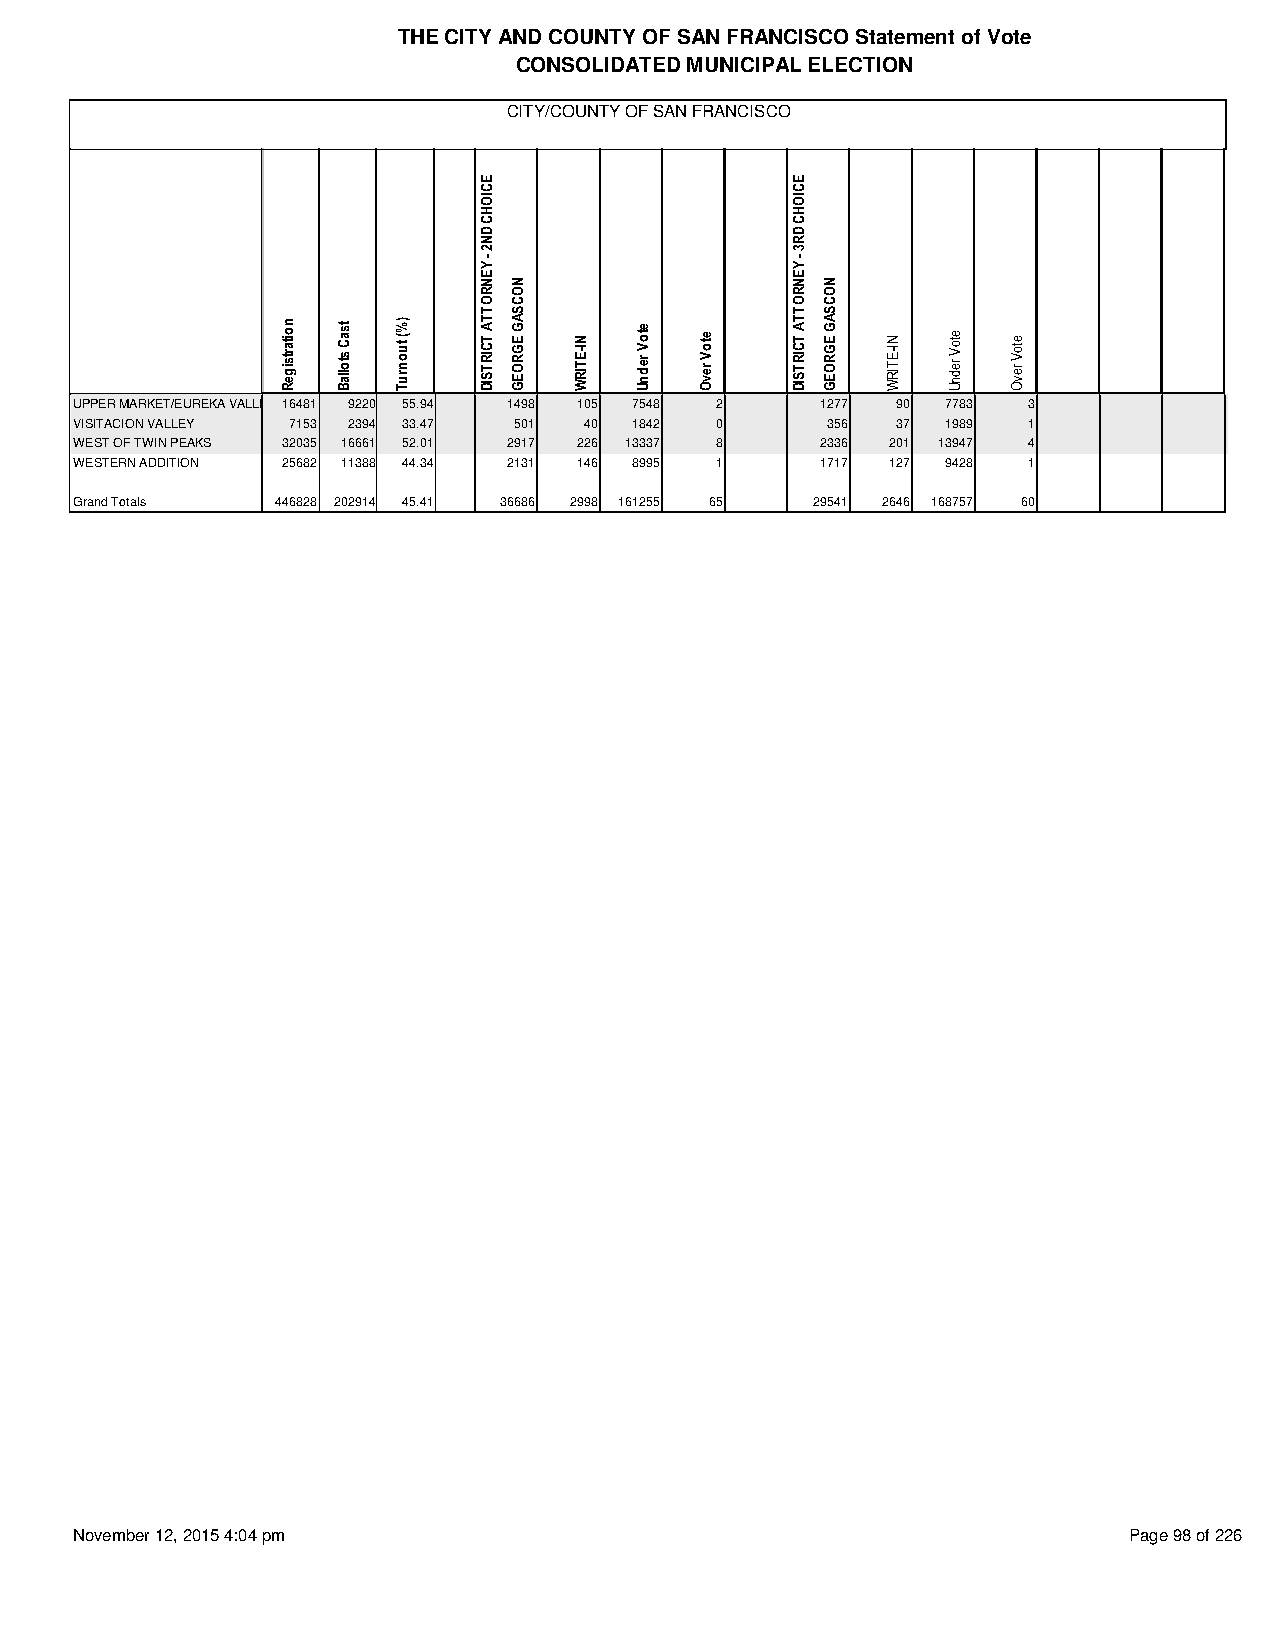
THE CITY AND COUNTY OF SAN FRANCISCO Statement of Vote
 CONSOLIDATED MUNICIPAL ELECTION
 CITY/COUNTY OF SAN FRANCISCO
 UPPER MARKET/EUREKA VALLEY 16481 9220 55.94 1498 105 7548 2 1277 90 7783 3
 VISITACION VALLEY 7153 2394 33.47 501 40 1842 0   356 37  1989 1
 WEST OF TWIN PEAKS 32035 16661 52.01 2917 226 13337 8 2336 201 13947 4
 WESTERN ADDITION 25682 11388 44.34 2131 146 8995 1 1717 127 9428 1
 Grand Totals 446828 202914 45.41 36686 2998 161255 65 29541 2646 168757 60
 November 12, 2015 4:04 pm                                             Page 98 of 226
 noitartsigeR tsaC
 stollaB
 )%(
 tuonruT
 ECIOHC
 DN2
 -
 YENROTTA
 TCIRTSID
 NOCSAG
 EGROEG NI-ETIRW
 etoV
 rednU
 etoV
 revO
 ECIOHC
 DR3
 -
 YENROTTA
 TCIRTSID
 NOCSAG
 EGROEG NI-ETIRW etoV
 rednU
 etoV
 revO